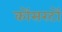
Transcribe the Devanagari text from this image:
कोंसरटों